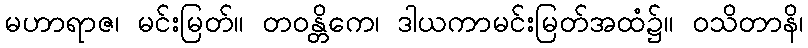
မဟာရာဇ၊ မင်းမြတ်။ တဝန္တိကေ၊ ဒါယကာမင်းမြတ်အထံ၌။ ဝသိတာနိ၊